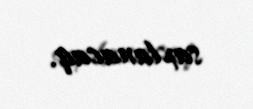
saxlanacaq.